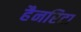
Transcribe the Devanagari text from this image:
हैनरिटा